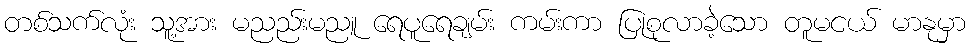
တစ်သက်လုံး သူ့အား မညည်းမညူ ရေပူရေချမ်း ကမ်းကာ ပြုစုလာခဲ့သော တူမငယ် မာနုမှာ